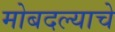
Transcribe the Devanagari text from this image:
मोबदल्याचे